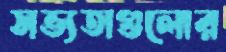
সভ্যতাগুলোর